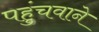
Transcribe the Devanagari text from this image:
पहुंचवाने